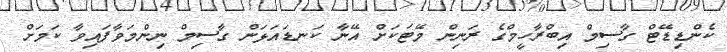
ކެންޑިޑޭޓް ގާސިމް އިބްރާހީމްގެ ރަނިން މޭޓަކަށް އޭނާ ކަނޑައަޅަން ގާސިމް ނިންމަވާފައިވާ ކަމަށް